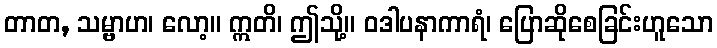
တာတ, သမ္ဗာဟ၊ လော့။ ဣတိ၊ ဤသို့။ ဝဒါပနာကာရံ၊ ပြောဆိုစေခြင်းဟူသော